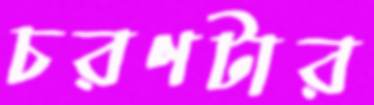
চরণটার